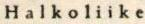
Halkoliike